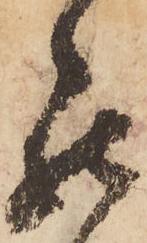
罷